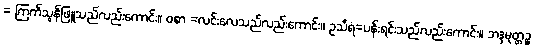
= ကြက်သွန်ဖြူသည်လည်းကောင်း။ ဝစာ =လင်းလေသည်လည်းကောင်း။ ဥသီရံ=ပန်းရင်းသည်လည်းကောင်း။ ဘဒ္ဒမုတ္တဉ္စ